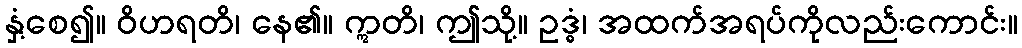
နှံ့စေ၍။ ဝိဟရတိ၊ နေ၏။ ဣတိ၊ ဤသို့။ ဥဒ္ဓံ၊ အထက်အရပ်ကိုလည်းကောင်း။